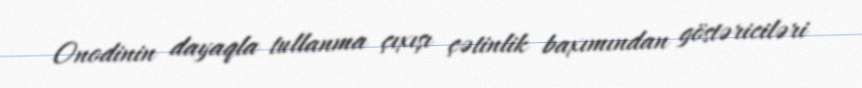
Onodinin dayaqla tullanma çıxışı çətinlik baxımından göstəriciləri